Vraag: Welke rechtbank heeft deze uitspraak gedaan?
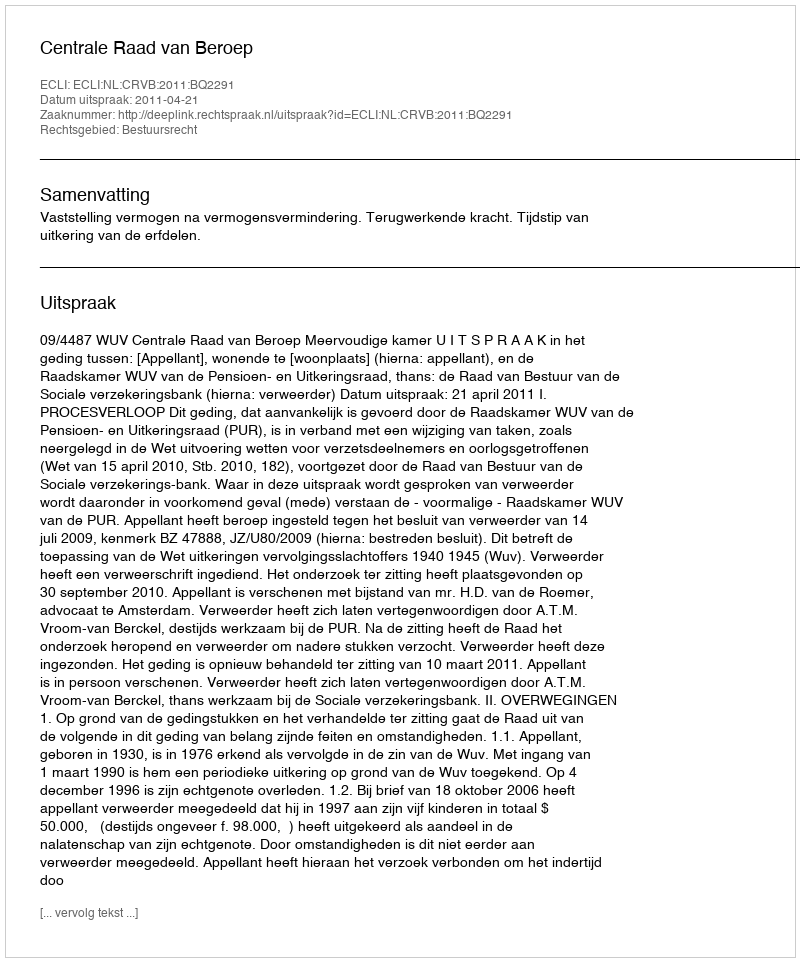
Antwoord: Centrale Raad van Beroep